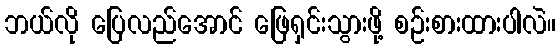
ဘယ်လို ပြေလည်အောင် ဖြေရှင်းသွားဖို့ စဉ်းစားထားပါလဲ။